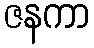
ဇနကာ